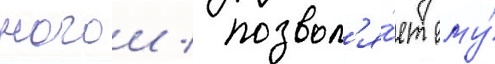
ногои / позвол'я́ет ему́